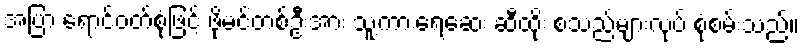
အပြာ ရောင်ဝတ်စုံဖြင့် ဖိုမင်တစ်ဦးအား သူ့ကားရေဆေး ဆီထိုး စသည်များလုပ် စုံစမ်းသည်။